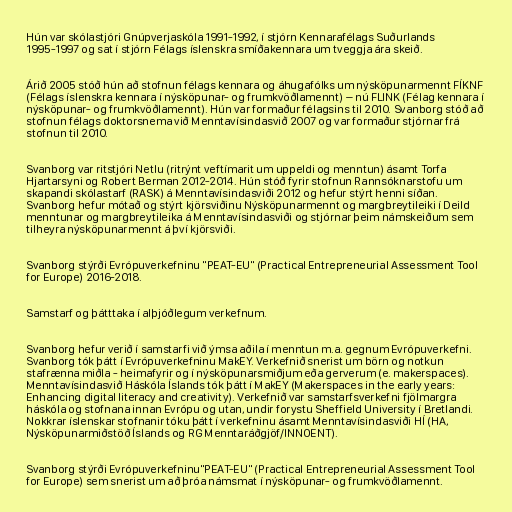
Hún var skólastjóri Gnúpverjaskóla 1991-1992, í stjórn Kennarafélags Suðurlands
1995-1997 og sat í stjórn Félags íslenskra smíðakennara um tveggja ára skeið.

Árið 2005 stóð hún að stofnun félags kennara og áhugafólks um nýsköpunarmennt FÍKNF
(Félags íslenskra kennara í nýsköpunar- og frumkvöðlamennt) – nú FLINK (Félag kennara í
nýsköpunar- og frumkvöðlamennt). Hún var formaður félagsins til 2010. Svanborg stóð að
stofnun félags doktorsnema við Menntavísindasvið 2007 og var formaður stjórnar frá
stofnun til 2010.

Svanborg var ritstjóri Netlu (ritrýnt veftímarit um uppeldi og menntun) ásamt Torfa
Hjartarsyni og Robert Berman 2012-2014. Hún stóð fyrir stofnun Rannsóknarstofu um
skapandi skólastarf (RASK) á Menntavísindasviði 2012 og hefur stýrt henni síðan.
Svanborg hefur mótað og stýrt kjörsviðinu Nýsköpunarmennt og margbreytileiki í Deild
menntunar og margbreytileika á Menntavísindasviði og stjórnar þeim námskeiðum sem
tilheyra nýsköpunarmennt á því kjörsviði.

Svanborg stýrði Evrópuverkefninu "PEAT-EU" (Practical Entrepreneurial Assessment Tool
for Europe) 2016-2018.

Samstarf og þátttaka í alþjóðlegum verkefnum.

Svanborg hefur verið í samstarfi við ýmsa aðila í menntun m.a. gegnum Evrópuverkefni.
Svanborg tók þátt í Evrópuverkefninu MakEY. Verkefnið snerist um börn og notkun
stafrænna miðla - heimafyrir og í nýsköpunarsmiðjum eða gerverum (e. makerspaces).
Menntavísindasvið Háskóla Íslands tók þátt í MakEY (Makerspaces in the early years:
Enhancing digital literacy and creativity). Verkefnið var samstarfsverkefni fjölmargra
háskóla og stofnana innan Evrópu og utan, undir forystu Sheffield University í Bretlandi.
Nokkrar íslenskar stofnanir tóku þátt í verkefninu ásamt Menntavísindasviði HÍ (HA,
Nýsköpunarmiðstöð Íslands og RG Menntaráðgjöf/INNOENT).

Svanborg stýrði Evrópuverkefninu"PEAT-EU" (Practical Entrepreneurial Assessment Tool
for Europe) sem snerist um að þróa námsmat í nýsköpunar- og frumkvöðlamennt.